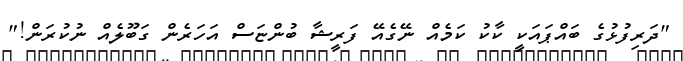
"ދަރިފުޅުގެ ބައްޕައަކީ ކާކު ކަމެއް ނޭގެއޭ ފަރީޝާ ބުންޏަސް އަހަރެން ގަބޫލެއް ނުކުރަން!"